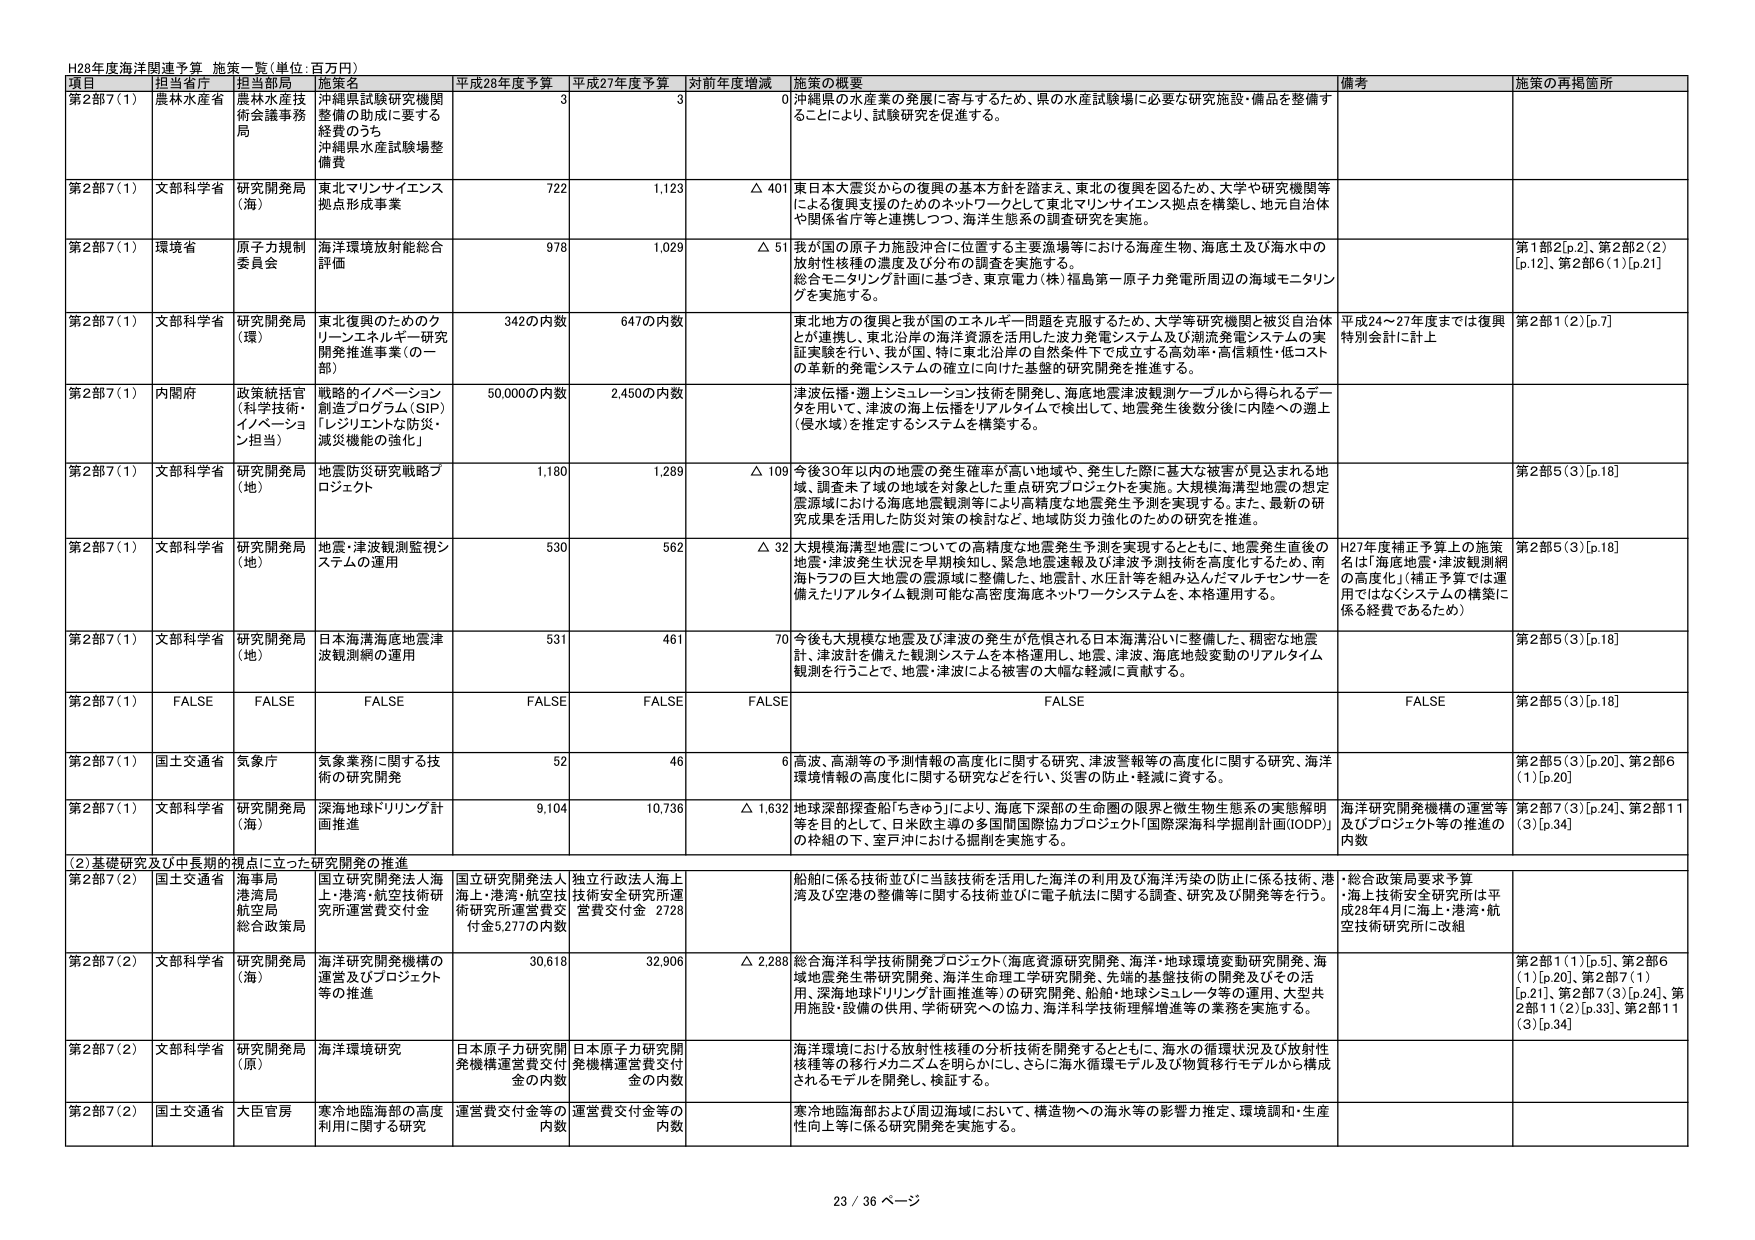
H28年度海洋関連予算 施策一覧(単位:百万円)

項目 担当省庁 担当部局 施策名 平成28年度予算 平成27年度予算 対前年度増減 施策の概要 備考 施策の再掲箇所

第2部7(1) 農林水産省 農林水産技術会議事務局 沖縄県試験研究機関整備の助成に要する経費のうち 沖縄県水産試験場整備費 3 3 0 沖縄県の水産業の発展に寄与するため、県の水産試験場に必要な研究施設・備品を整備することにより、試験研究を促進する。

第2部7(1) 文部科学省 研究開発局(海) 東北マリンサイエンス拠点形成事業 722 1,123 △ 401 東日本大震災からの復興の基本方針を踏まえ、東北の復興を図るため、大学や研究機関等による復興支援のためのネットワークとして東北マリンサイエンス拠点を構築し、地方自治体や関係省庁等と連携しつつ、海洋生態系の調査研究を実施。

第2部7(1) 環境省 原子力規制委員会 海洋環境放射能総合評価 978 1,029 △ 51 我が国の原子力施設沖合に位置する主要漁場等における海産生物、海底土及び海水中の放射性核種の濃度及び分布の調査を実施する。 総合モニタリング計画に基づき、東京電力(株)福島第一原子力発電所周辺の海域モニタリングを実施する。 第1部2[p.2]、第2部2(2)[p.12]、第2部6(1)[p.21]

第2部7(1) 文部科学省 研究開発局(環) 東北復興のためのクリーンエネルギー研究開発推進事業(一部) 342の内数 647の内数 東北地方の復興と我が国のエネルギー問題を克服するため、大学等研究機関と被災自治体とが連携し、東北沿岸の海洋資源を活用した波力発電システム及び潮流発電システムの実証実験を行い、我が国・特に東北沿岸の自然条件下で成立する高効率・高信頼性・低コストの革新的発電システムの確立に向けた基盤的研究開発を推進する。 平成24～27年度までは復興特別会計に計上 第2部1(2)[p.7]

第2部7(1) 内閣府 政策統括官(科学技術・イノベーション担当) 戦略的イノベーション創造プログラム(SIP)「レジリエントな防災・減災機能の強化」 50,000の内数 2,450の内数 津波伝播・灘上シミュレーション技術を開発し、海底地震津波観測ケーブルから得られるデータを用いて、津波の海上伝播をリアルタイムで検出して、地震発生後数分後に内陸への遡上(侵水域)を推定するシステムを構築する。

第2部7(1) 文部科学省 研究開発局(地) 地震防災研究戦略プロジェクト 1,180 1,289 △ 109 今後30年以内の地震の発生確率が高い地域や、発生した際に甚大な被害が見込まれる地域、調査未了域の地域を対象とした重点研究プロジェクトを実施。大規模海溝型地震の想定震源域における海底地震観測等により高精度な地震発生予測を実現する。また、最新の研究成果を活用した防災対策の検討など、地域防災力強化のための研究を推進。 第2部5(3)[p.18]

第2部7(1) 文部科学省 研究開発局(地) 地震・津波観測監視システムの運用 530 562 △ 32 大規模海溝型地震についての高精度な地震発生予測を実現するとともに、地震発生直後の地震・津波発生状況を早期検知し、緊急地震速報及び津波予測技術を高度化するため、南海トラフの巨大地震の震源域に整備した、地震計、水圧計等を組み込んだマルチセンサーを備えたリアルタイム観測可能な高密度海底ネットワークシステムを、本格運用する。 H27年度補正予算上の施策名は「海底地震・津波観測網の高度化」(補正予算では運用ではなくシステムの構築に係る経費であるため) 第2部5(3)[p.18]

第2部7(1) 文部科学省 研究開発局(地) 日本海満海満地震津波観測網の運用 531 461 70 今後も大規模な地震及び津波の発生が危惧される日本海満沿いに整備した、稠密な地震計、津波計を備えた観測システムを本格運用し、地震、津波、海底地殻変動のリアルタイム観測を行うことで、地震・津波による被害の大幅な軽減に貢献する。 第2部5(3)[p.18]

第2部7(1) FALSE FALSE FALSE FALSE FALSE FALSE FALSE FALSE 第2部5(3)[p.18]

第2部7(1) 国土交通省 気象庁 気象業務に関する技術の研究開発 52 46 6 高波、高潮等の予測情報の高度化に関する研究、津波警報等の高度化に関する研究、海洋環境情報の高度化に関する研究などを行い、災害の防止・軽減に資する。 第2部5(3)[p.20]、第2部6(1)[p.20]

第2部7(1) 文部科学省 研究開発局(海) 深海地球ドリリング計画推進 9,104 10,736 △ 1,632 地球深部探査船「ちきゅう」により、海底下深部の生命圏の限界と微生物生態系の実態解明等を目的として、日米欧主導の多国間国際協力プロジェクト「国際深海科学掘削計画(IODP)」の枠組の下、室戸沖における掘削を実施する。 海洋研究開発機構の運営等及びプロジェクト等の推進の内数 第2部7(3)[p.24]、第2部11(3)[p.34]

(2)基礎研究及び中長期的視点に立った研究開発の推進

第2部7(2) 国土交通省 海事局 港湾局 航空局 総合政策局 国立研究開発法人海上・港湾・航空技術研究所運営費交付金 国立研究開発法人海上・港湾・航空技術研究所運営費交付金5,277の内数 独立行政法人海上技術安全研究所運営費交付金 2728 船舶に係る技術並びに当該技術を活用した海洋の利用及び海洋汚染の防止に係る技術、港湾及び空港の整備等に関する技術並びに電子航法に関する調査、研究及び開発等を行う。 ・総合政策局要求予算 ・海上技術安全研究所は平成28年4月に海上・港湾・航空技術研究所に改組

第2部7(2) 文部科学省 研究開発局(海) 海洋研究開発機構の運営及びプロジェクト等の推進 30,618 32,906 △ 2,288 総合海洋科学技術開発プロジェクト(海底資源研究開発、海洋・地球環境変動研究開発、海域地震発生帯研究開発、海洋生命理工学研究開発、先端的基盤技術の開発及びその活用、深海地球ドリリング計画推進等)の研究開発、船舶・地球シミュレータ等の運用、大型共用施設・設備の供用、学術研究への協力、海洋科学技術理解増進等の業務を実施する。 第2部1(1)[p.5]、第2部6(1)[p.20]、第2部7(1)[p.21]、第2部7(3)[p.24]、第2部11(2)[p.33]、第2部11(3)[p.34]

第2部7(2) 文部科学省 研究開発局(原) 海洋環境研究 日本原子力研究開発機構運営費交付金の内数 日本原子力研究開発機構運営費交付金の内数 海洋環境における放射性核種の分析技術を開発するとともに、海水の循環状況及び放射性核種等の移行メカニズムを明らかにし、さらに海水循環モデル及び物質移行モデルから構成されるモデルを開発し、検証する。

第2部7(2) 国土交通省 大臣官房 寒冷地臨海部の高度利用に関する研究 運営費交付金等の内数 運営費交付金等の内数 寒冷地臨海部および周辺海域において、構造物への海水等の影響力推定、環境調和・生産性向上等に係る研究開発を実施する。

23 / 36 ページ